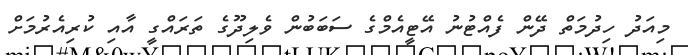
މިއަދު ހިދުމަތް ދޭން ފެއްޓުނު އޭޓީއެމްގެ ސަބަބުން ވެލިދޫގެެ ތަރައްގީ އާއި ކުރިއެރުމަށް